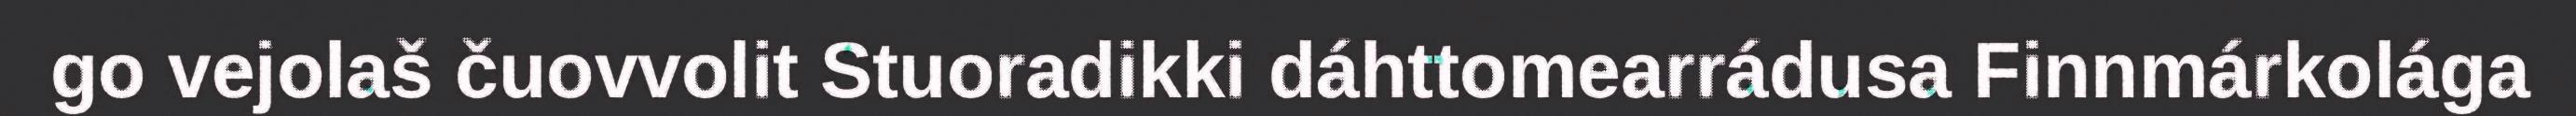
go vejolaš čuovvolit Stuoradikki dáhttomearrádusa Finnmárkolága